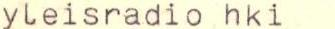
yleisradio hki